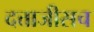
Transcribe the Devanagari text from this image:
दत्ताजीसच